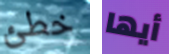
خطئ أيها